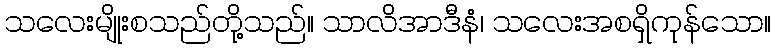
သလေးမျိုးစသည်တို့သည်။ သာလိအာဒီနံ၊ သလေးအစရှိကုန်သော။